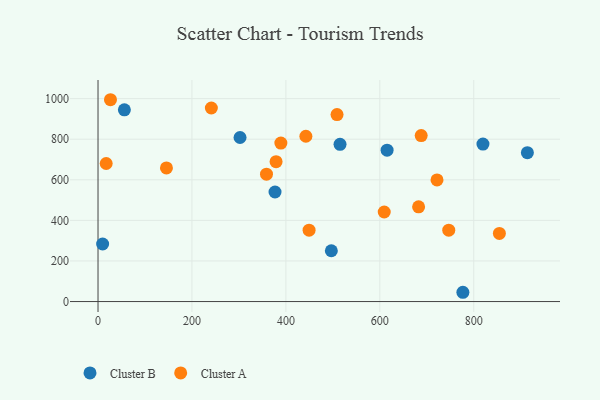
{"axis": {"x": "Speed", "y": "Sales"}, "legend": ["Cluster A", "Cluster B"], "data": [{"x": "302.4", "y": 808.5, "type": "Cluster B"}, {"x": "9.8", "y": 283.5, "type": "Cluster B"}, {"x": "496.8", "y": 250.4, "type": "Cluster B"}, {"x": "56.1", "y": 944.9, "type": "Cluster B"}, {"x": "376.9", "y": 539.8, "type": "Cluster B"}, {"x": "615.5", "y": 746.0, "type": "Cluster B"}, {"x": "914.2", "y": 733.9, "type": "Cluster B"}, {"x": "819.6", "y": 776.0, "type": "Cluster B"}, {"x": "515.3", "y": 775.0, "type": "Cluster B"}, {"x": "776.9", "y": 45.7, "type": "Cluster B"}, {"x": "241.3", "y": 953.8, "type": "Cluster A"}, {"x": "746.8", "y": 351.8, "type": "Cluster A"}, {"x": "17.4", "y": 680.2, "type": "Cluster A"}, {"x": "26.5", "y": 994.6, "type": "Cluster A"}, {"x": "609.4", "y": 441.2, "type": "Cluster A"}, {"x": "682.6", "y": 466.6, "type": "Cluster A"}, {"x": "145.7", "y": 658.3, "type": "Cluster A"}, {"x": "389.3", "y": 781.2, "type": "Cluster A"}, {"x": "442.6", "y": 814.7, "type": "Cluster A"}, {"x": "721.8", "y": 599.5, "type": "Cluster A"}, {"x": "508.9", "y": 921.4, "type": "Cluster A"}, {"x": "358.7", "y": 627.5, "type": "Cluster A"}, {"x": "688.1", "y": 817.7, "type": "Cluster A"}, {"x": "379.1", "y": 689.2, "type": "Cluster A"}, {"x": "854.6", "y": 335.6, "type": "Cluster A"}, {"x": "449.4", "y": 351.9, "type": "Cluster A"}]}